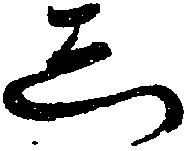
し